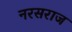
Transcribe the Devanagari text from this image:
नरसराज